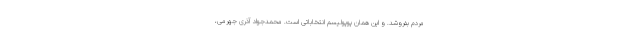
مردم بفروشد. و این همان پوپولیسم انتخاباتی است. محمدجواد آذری جهرمی،